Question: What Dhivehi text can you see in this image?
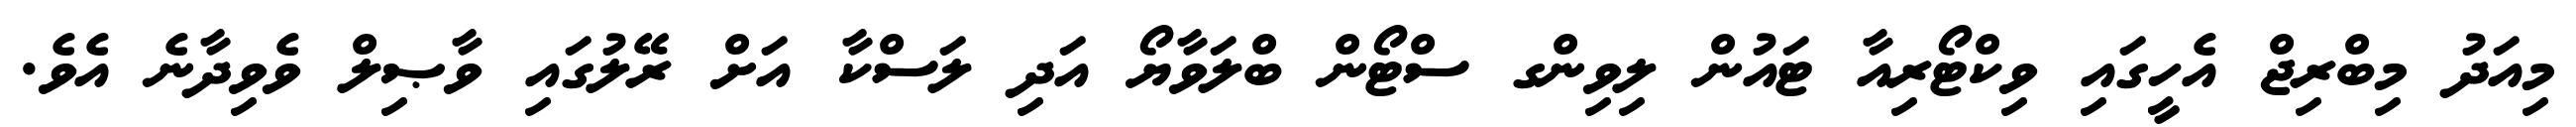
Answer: މިއަދު މިބްރިޖް އެހީގައި ވިކްޓޯރިއާ ޓައުން ލިވިންގ ސްޓޯން ބްލަވާޔޯ އަދި ލަސްކާ އަށް ރޭލުގައި ވާޞިލް ވެވިދާނެ އެވެ.